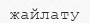
жайлату